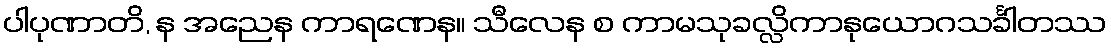
ပါပုဏာတိ, န အညေန ကာရဏေန။ သီလေန စ ကာမသုခလ္လိကာနုယောဂသင်္ခါတဿ